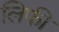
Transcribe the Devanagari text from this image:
लिफी